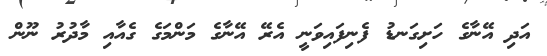
އަދި އޭނާާގެ ހަށިގަނޑު ފެނިފައިވަނީ އެރޭ އޭނާގެ މަންމަގެ ގެއާއި މާދުރު ނޫން